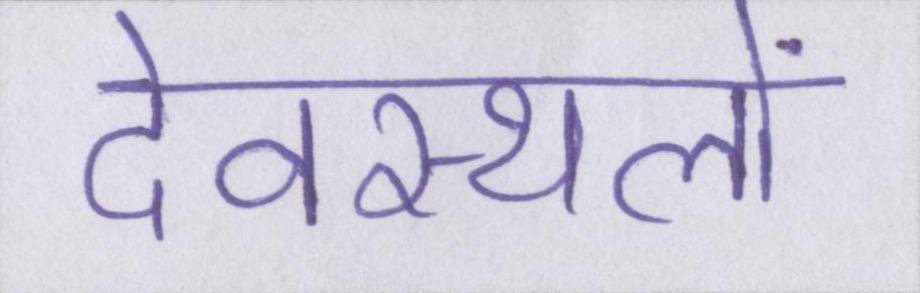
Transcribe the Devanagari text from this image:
देवस्थलों